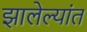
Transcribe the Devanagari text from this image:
झालेल्यांत